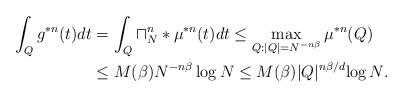
LaTeX: \begin{align*}\int_Q g^{*n}(t)dt&= \int_Q\sqcap_N^{n}*\mu^{*n}(t)dt\le \max_{Q: |Q|=N^{-n\beta}} \mu^{*n}(Q)\\&\le M(\beta)N^{-n\beta}\log N\le M(\beta)|Q|^{n\beta/d}{\log N}.\end{align*}